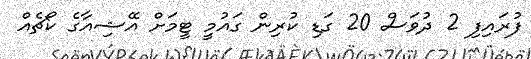
ފުރައިފި 2 ދުވަސް 20 ގަޑި ކުރިން ގައުމީ ޓީމަށް އޭޝިއާގެ ކޯޗެއް